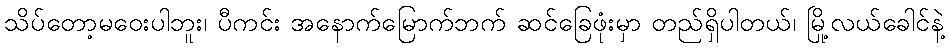
သိပ်တော့မဝေးပါဘူး၊ ပီကင်း အနောက်မြောက်ဘက် ဆင်ခြေဖုံးမှာ တည်ရှိပါတယ်၊ မြို့လယ်ခေါင်နဲ့